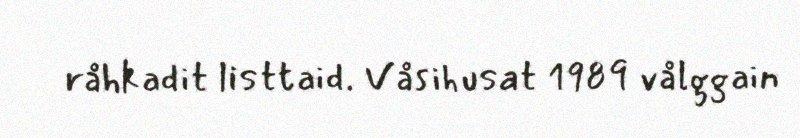
råhkadit listtaid. Våsihusat 1989 vålggain